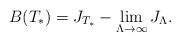
LaTeX: \begin{align*}B(T_{*}) = J_{T_{*}} - \lim\limits_{\Lambda \rightarrow \infty} J_{\Lambda}.\end{align*}